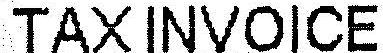
TAX INVOICE